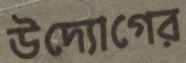
উদ্যোগের